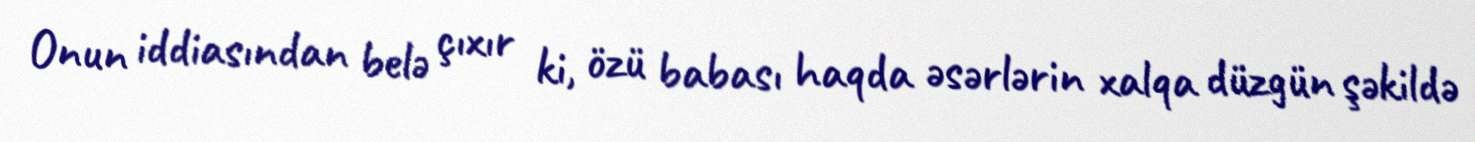
Onun iddiasından belə çıxır ki, özü babası haqda əsərlərin xalqa düzgün şəkildə